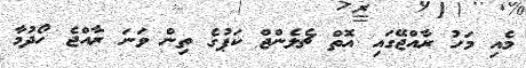
މެއި މަހު ރާއްޖޭގައި އޮތް ޗެލެންޖް ކަޕުގެ ތިން ވަނަ ރާއްޖެ ހޯދުމާ